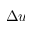
\Delta u